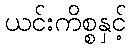
ယင်းကိစ္စနှင့်